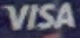
VISA